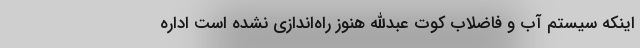
اینکه سیستم آب و فاضلاب کوت عبدالله هنوز راه‌اندازی نشده است اداره